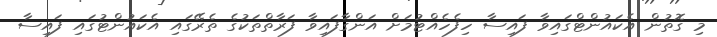
މި ގޮތުން އެކައުންޓްގައިވާ ފައިސާ ހިފެހެއްޓުމަށް އަންގާފައިވާ ފަރާތްތަކުގެ ތެރޭގައި އެކައުންޓުގައި ފައިސާ